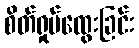
စိတ်ရှုပ်ထွေးခြင်း